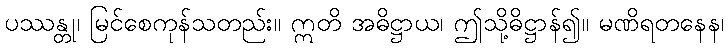
ပဿန္တု၊ မြင်စေကုန်သတည်း။ ဣတိ အဓိဋ္ဌာယ၊ ဤသို့ဓိဋ္ဌာန်၍။ မဏိရတနေန၊